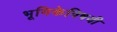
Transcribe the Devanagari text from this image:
भूमिकेविषयी